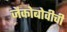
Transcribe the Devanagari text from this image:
जैकोबोवीची